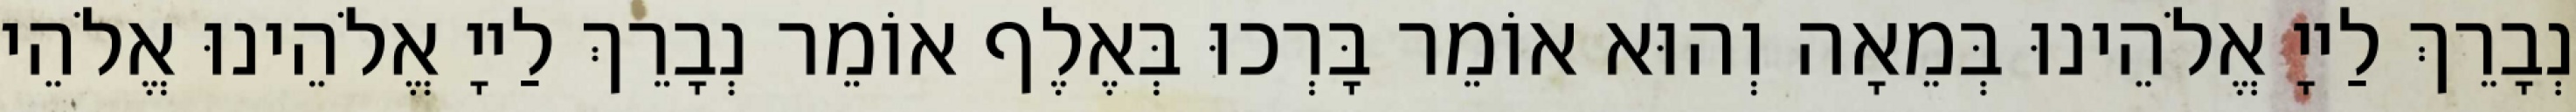
נְבָרֵךְ לַייָ אֱלֹהֵינוּ בְּמֵאָה וְהוּא אוֹמֵר בָּרְכוּ בְּאֶלֶף אוֹמֵר נְבָרֵךְ לַייָ אֱלֹהֵינוּ אֱלֹהֵי